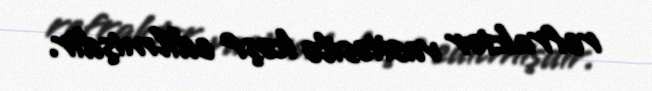
refraktor vasitəsilə kəşf edilmişdir.